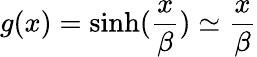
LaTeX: g(x)=\sinh(\frac{x}{\beta})\simeq\frac{x}{\beta}